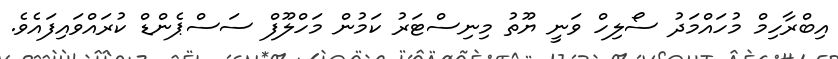
އިބްރާހިމް މުހައްމަދު ސޯލިހް ވަނީ ޔޫތު މިނިސްޓަރު ކަމުން މަހްލޫފް ސަސްޕެންޑް ކުރައްވައިފައެވެ.